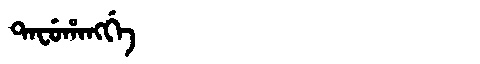
Manchu: ᡨᠠᠸᡠᡥᠠᠩᡤᡝ
Romanization: TAFUHANGGE